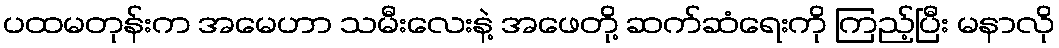
ပထမတုန်းက အမေဟာ သမီးလေးနဲ့ အဖေတို့ ဆက်ဆံရေးကို ကြည့်ပြီး မနာလို